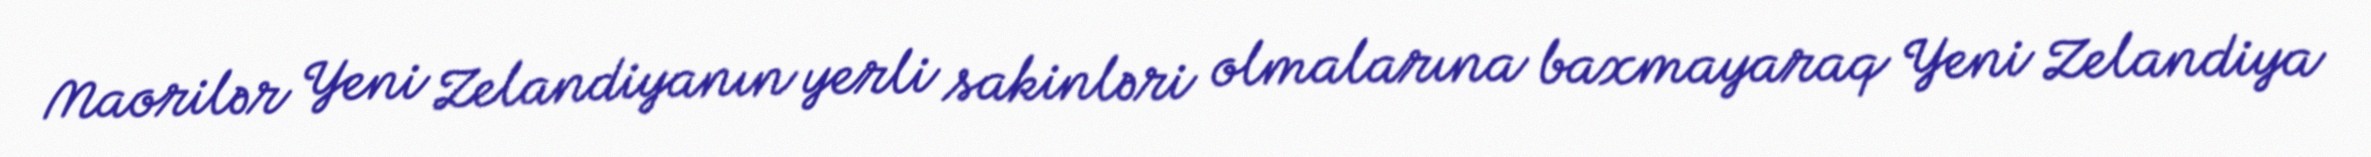
Maorilər Yeni Zelandiyanın yerli sakinləri olmalarına baxmayaraq Yeni Zelandiya